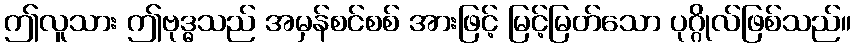
ဤလူသား ဤဗုဒ္ဓသည် အမှန်စင်စစ် အားဖြင့် မြင့်မြတ်သော ပုဂ္ဂိုလ်ဖြစ်သည်။